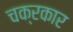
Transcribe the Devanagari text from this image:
चक्रकार